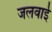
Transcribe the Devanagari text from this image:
जलवाई